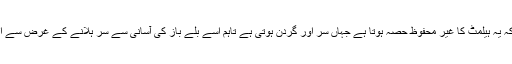
اعلامیے میں بتایا گیا کہ یہ ہیلمٹ کا غیر محفوظ حصہ ہوتا ہے جہاں سر اور گردن ہوتی ہے تاہم اسے بلے باز کی آسانی سے سر ہلانے کے غرض سے اس طرح بنایا جاتا ہے۔